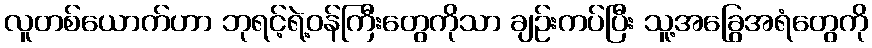
လူတစ်ယောက်ဟာ ဘုရင့်ရဲ့ဝန်ကြီးတွေကိုသာ ချဉ်းကပ်ပြီး သူ့အခြွေအရံတွေကို